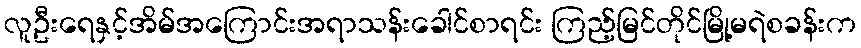
လူဦးရေနှင့်အိမ်အကြောင်းအရာသန်းခေါင်စာရင်း ကြည့်မြင်တိုင်မြို့မရဲစခန်းက